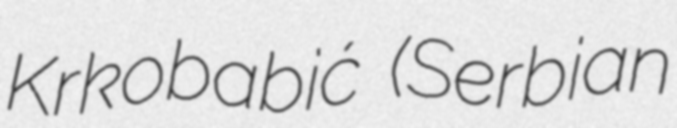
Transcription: Krkobabić (Serbian